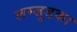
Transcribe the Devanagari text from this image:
लम्जुडका